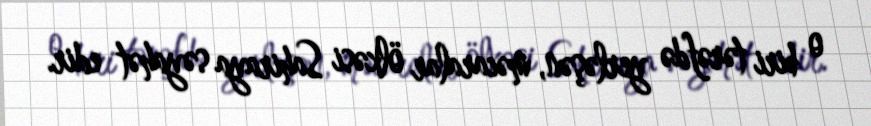
o biri tərəfdə yerləşən, məcaralar ölkəsi Sahiraya səyahət edir.